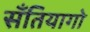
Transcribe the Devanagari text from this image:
सॅंतियागो